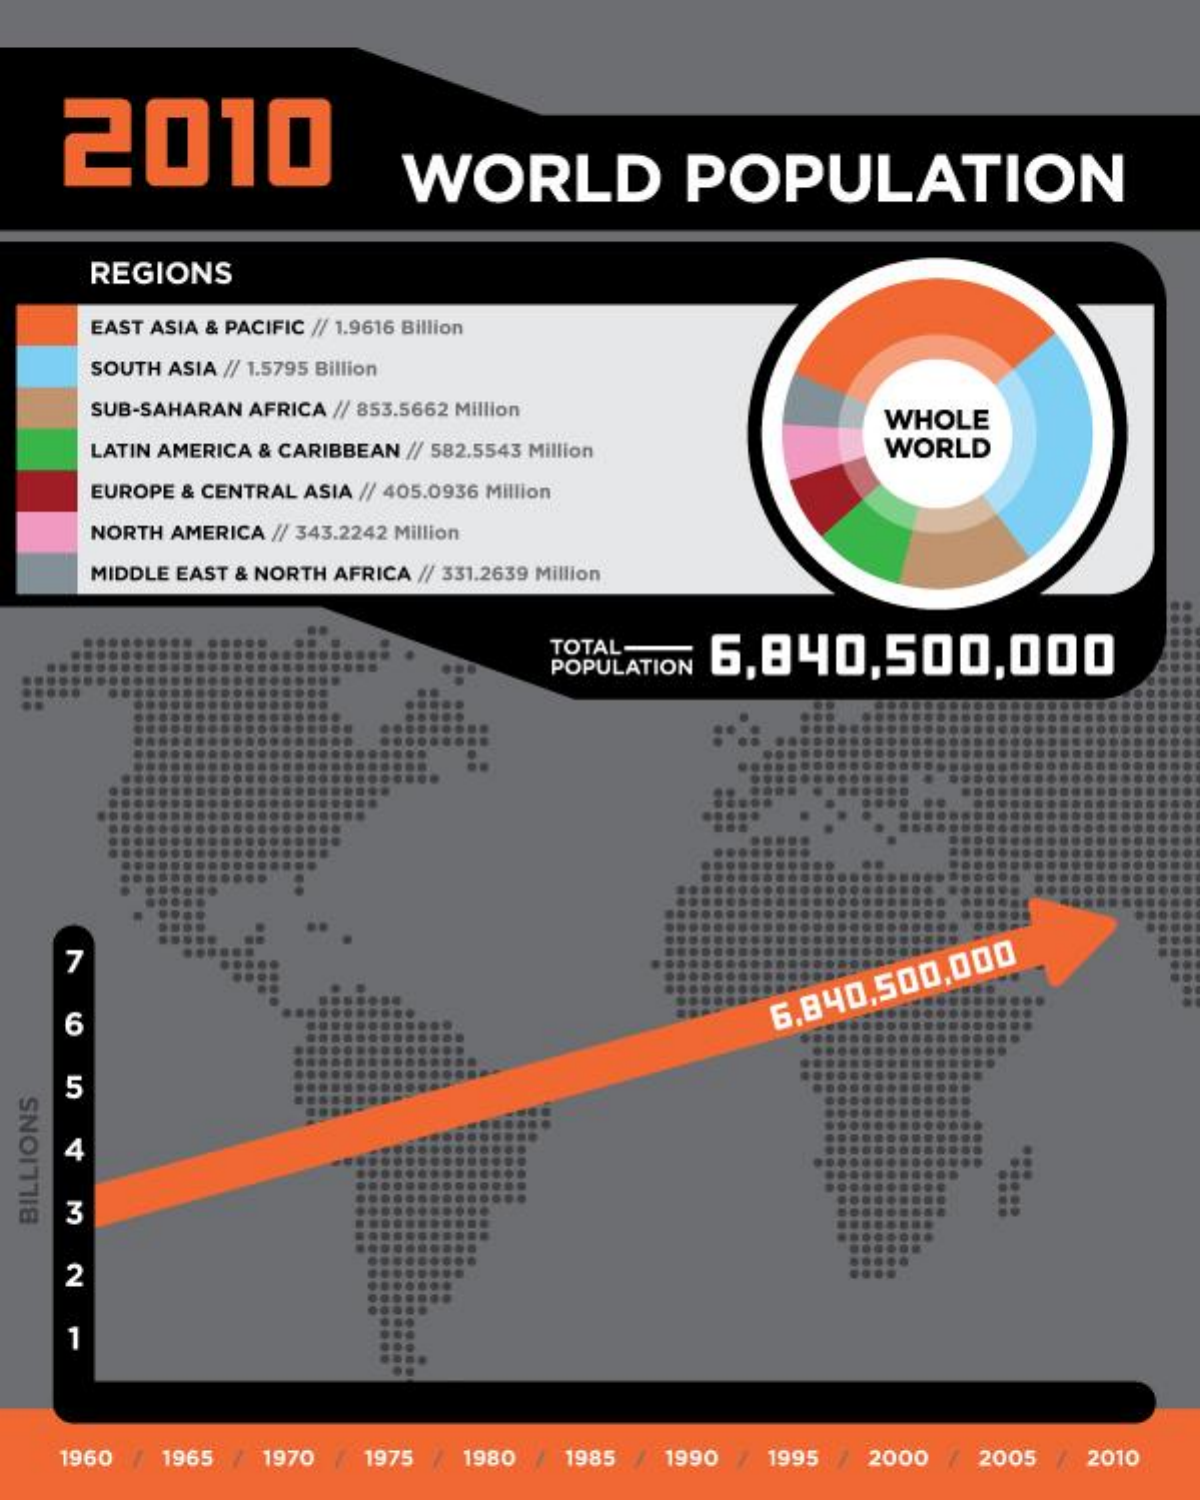
2010
     WORLD    POPULATION
    REGIONS
     EAST ASIA & PACIFIC // 1.9616 Billion
     SOUTH ASIA // 1.5795 Billion
     SUB-SAHARAN AFRICA // 853.5662 Million WHOLE
     LATIN AMERICA & CARIBBEAN // 582.5543 Million WORLD
     EUROPE & CENTRAL ASIA // 405.0936 Million
    NORTH AMERICA // 343.2242 Million
     MIDDLE EAST & NORTH AFRICA // 331.2639 Million
     TOTAL- 6,840,500,000 POPULATION
     ...
   7
   6
     6.840,500,000
   5
   4
   3
  BILLIONS
   2
    1
   1960 1965 / 1970 / 1975 / 1980 / 1985 1990 1995 2000 / 2005 / 2010